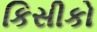
કિસીકો